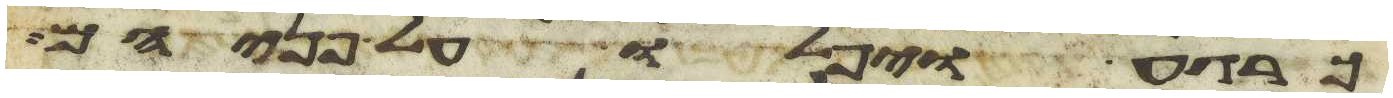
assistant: כרגע ויפלו על פניהם